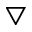
\bigtriangledown